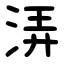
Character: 㳥